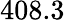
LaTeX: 408.3